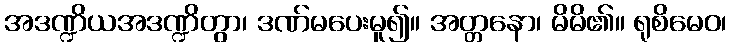
အဒဏ္ဍိယအဒဏ္ဍိတွာ၊ ဒဏ်မပေးမူ၍။ အတ္တနော၊ မိမိ၏။ ရုစိမေဝ၊